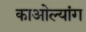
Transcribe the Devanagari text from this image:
काओल्यांग